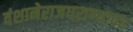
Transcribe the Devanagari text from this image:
वंशानेराजघराण्यावर